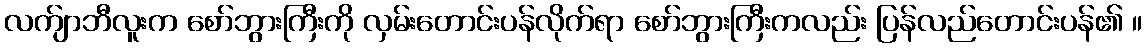
လက်ျာဘီလူးက စော်ဘွားကြီးကို လှမ်းတောင်းပန်လိုက်ရာ စော်ဘွားကြီးကလည်း ပြန်လည်တောင်းပန်၏ ။